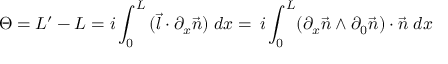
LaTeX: \Theta = { \cal L } ^ { \prime } - { \cal L } = i \int _ { 0 } ^ { L } \, ( \vec { l } \cdot \partial _ { x } \vec { n } ) \; d x = \, i \int _ { 0 } ^ { L } ( \partial _ { x } \vec { n } \wedge \partial _ { 0 } \vec { n } ) \cdot \vec { n } \; d x